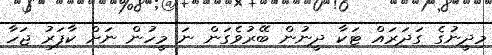
މިދީނުގެ ގަދަރައް ޓަކާ ދީނުން ބޭރުވެގަން ނަ މީހުން ނަށް ކާފަރު ޖަހާ